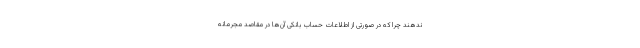
ندهند چرا که در صورتی از اطلاعات حساب بانکی آن‌ها در مقاصد مجرمانه